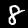
Digit: 8